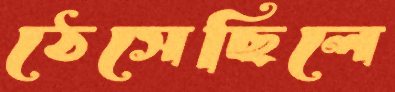
ঠেসেছিলে